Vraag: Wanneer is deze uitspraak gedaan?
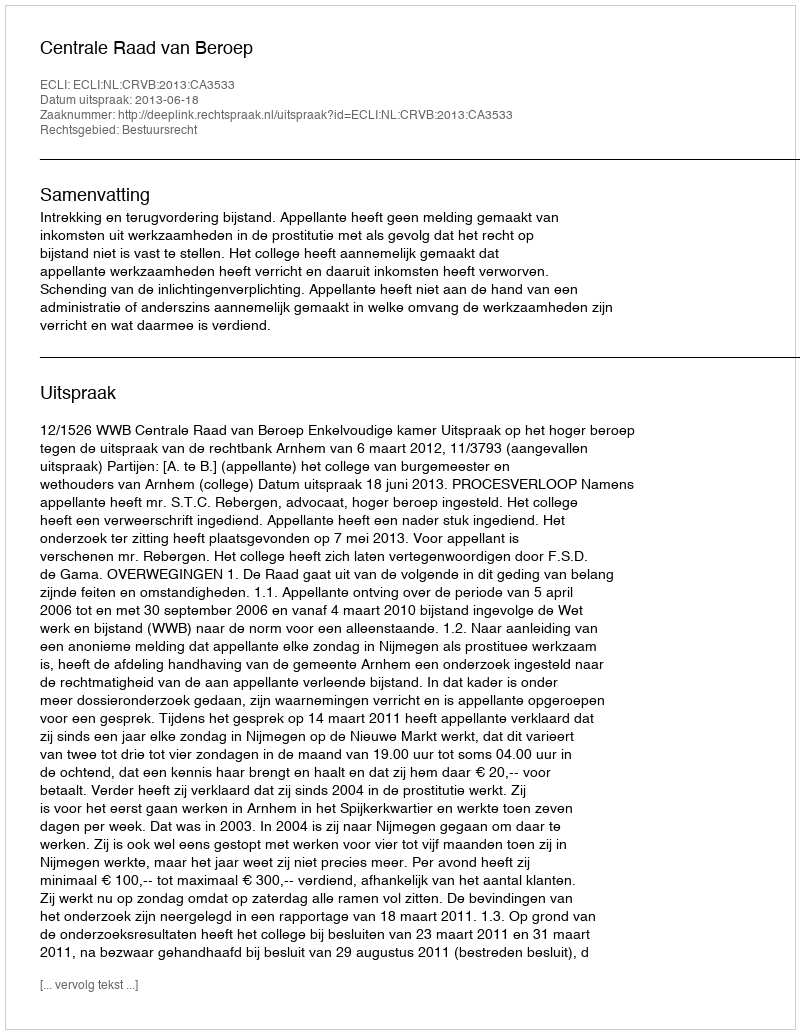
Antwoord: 2013-06-18